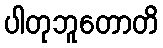
ပါတုဘူတောတိ